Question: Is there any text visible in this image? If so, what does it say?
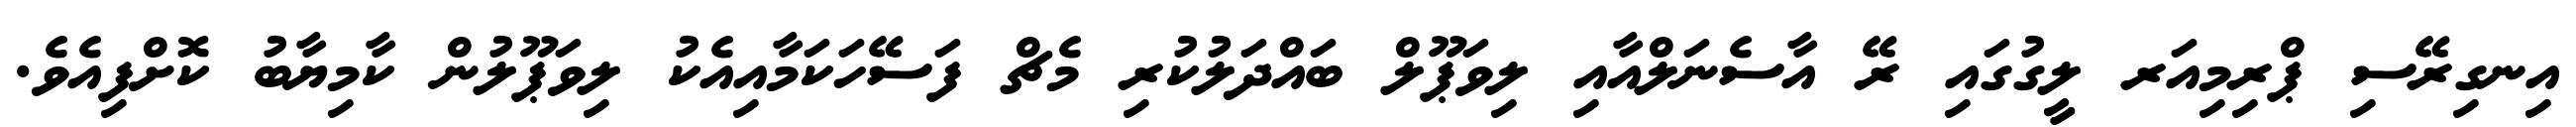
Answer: އިނގިރޭސި ޕްރިމިއަރ ލީގުގައި ރޭ އާސެނަލްއާއި ލިވަޕޫލް ބައްދަލުކުރި މެޗް ފަސޭހަކަމާއިއެކު ލިވަޕޫލުން ކާމިޔާބު ކޮށްފިއެވެ.